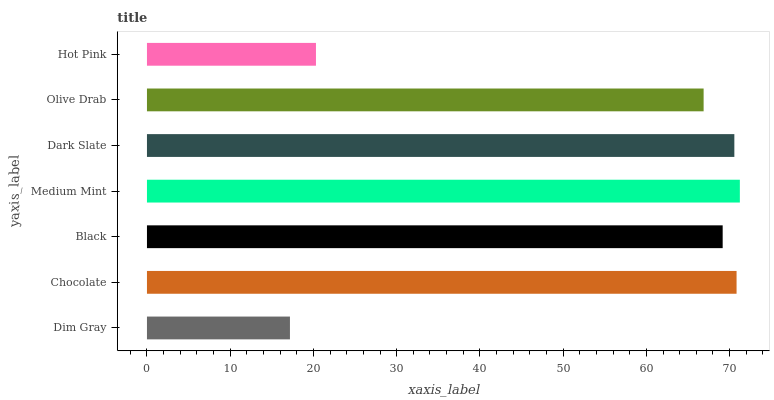
| yaxis_label | bars |
 | --- | --- |
 | Dim Gray | 17.2 |
 | Chocolate | 70.8 |
 | Black | 69.2 |
 | Medium Mint | 71.2 |
 | Dark Slate | 70.6 |
 | Olive Drab | 66.9 |
 | Hot Pink | 20.3 |